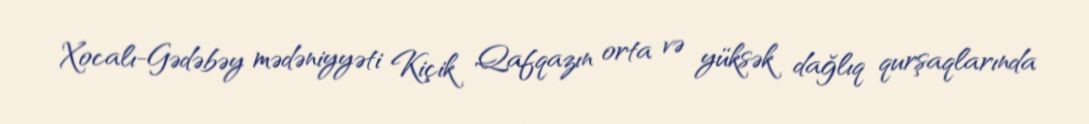
Xocalı-Gədəbəy mədəniyyəti Kiçik Qafqazın orta və yüksək dağlıq qurşaqlarında